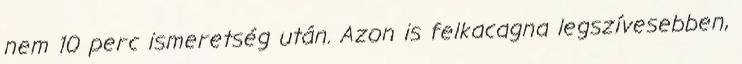
nem 10 perc ismeretség után. Azon is felkacagna legszívesebben,